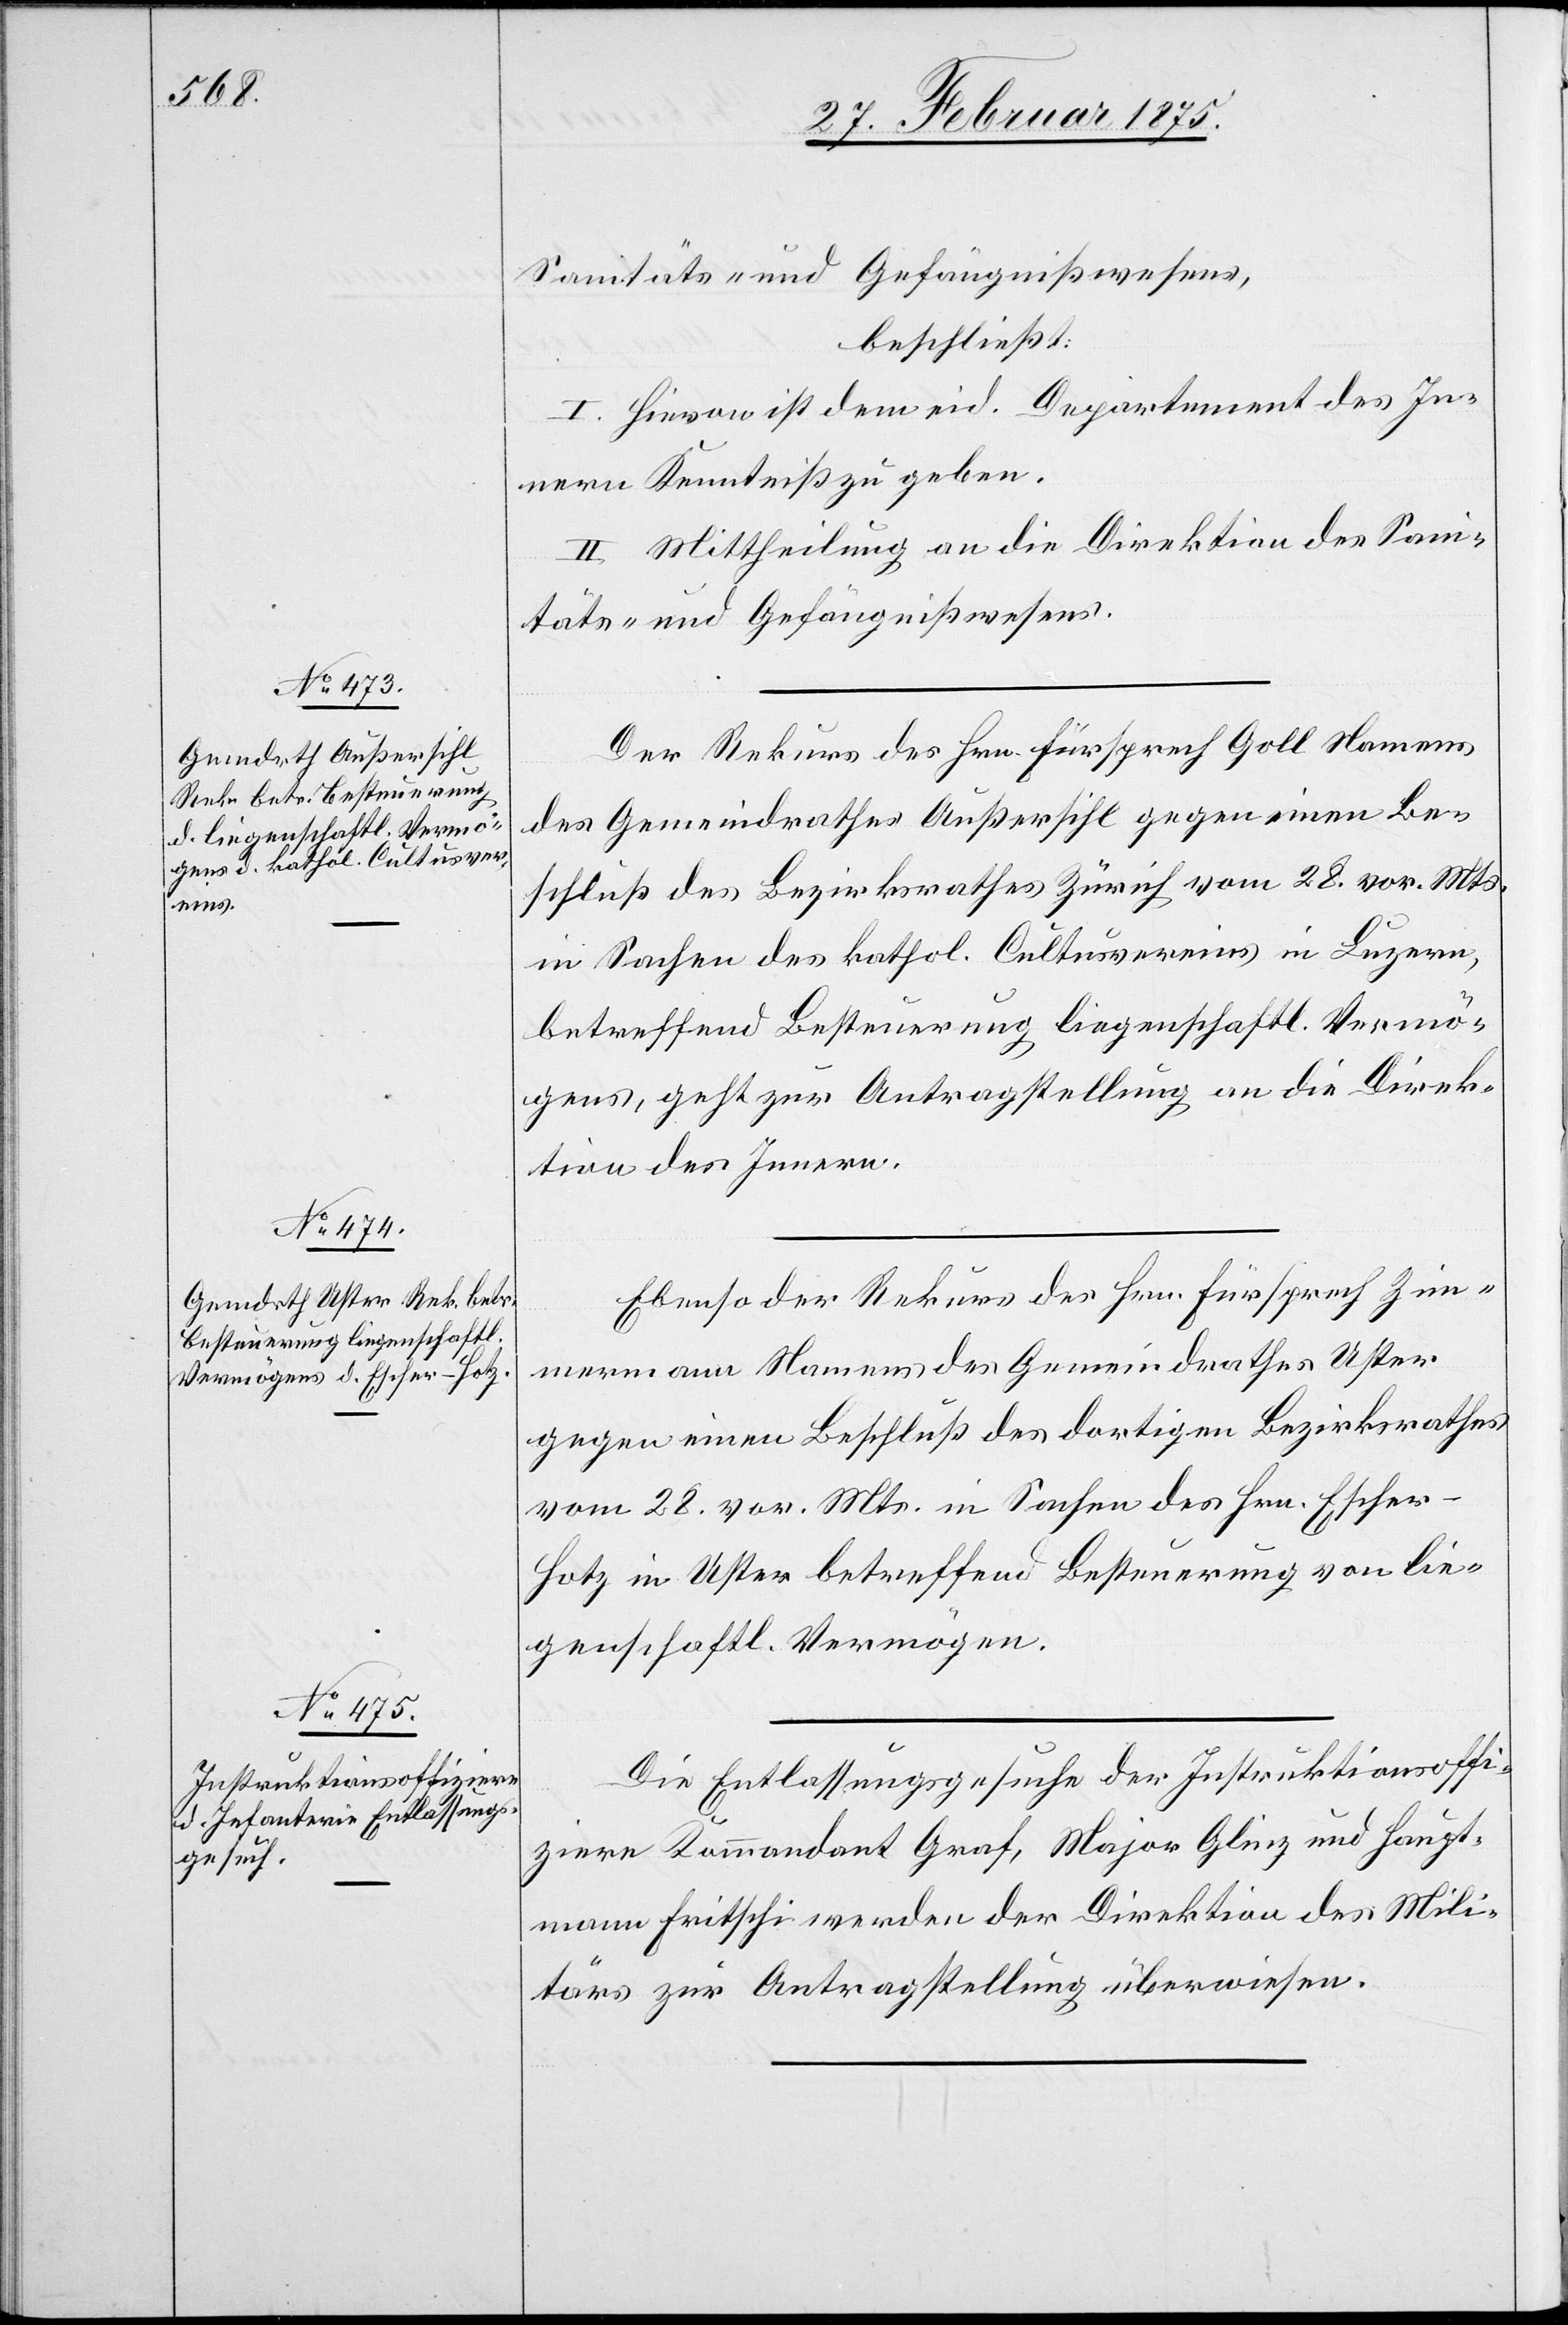
Sanitäts- und Gefängnißwesens,
beschließt:
I. Hievon ist dem eid. Departement des In¬
nern Kenntniß zu geben.
II. Mittheilung an die Direktion des Sani¬
täts- und Gefängnißwesens.
Der Rekurs des Hrn. Fürsprech Goll Namens
des Gemeindrathes Außersihl gegen einen Be¬
schluß des Bezirksrathes Zürich vom 28. vor. Mts.
in Sachen des kathol. Cultusvereins in Luzern,
betreffend Besteuerung liegenschaftl. Vermö¬
gens, geht zur Antragstellung an die Direk¬
tion des Innern.
Ebenso der Rekurs des Hrn. Fürsprech Zim¬
mermann Namens des Gemeindrathes Uster
gegen einen Beschluß des dortigen Bezirksrathes
vom 28. vor. Mts. in Sachen des Hrn. Escher-H¬
otz in Uster betreffend Besteuerung von lie¬
genschaftl. Vermögens.
Die Entlassungsgesuche der Instruktionsoffi¬
ziere Kommandant Graf, Major Glinz und Haupt¬
mann Fritschi werden der Direktion des Mili¬
tärs zur Antragstellung überwiesen.